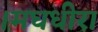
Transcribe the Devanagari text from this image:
।मघधीरा